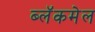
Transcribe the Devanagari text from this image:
ब्लॅकमेल